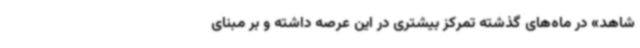
شاهد» در ماه‌های گذشته تمرکز بیشتری در این عرصه داشته و بر مبنای